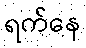
ရက်နေ